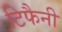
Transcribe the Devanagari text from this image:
टिफैनी